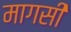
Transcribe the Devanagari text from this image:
मागसी